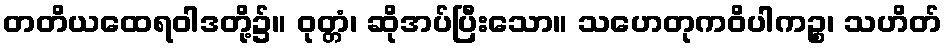
တတိယထေရဝါဒတို့၌။ ဝုတ္တံ၊ ဆိုအပ်ပြီးသော။ သဟေတုကဝိပါကဉ္စ၊ သဟိတ်